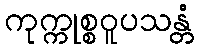
ကုက္ကုစ္စဝူပသန္တံ